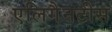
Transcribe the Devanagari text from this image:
एलिगैनटीस